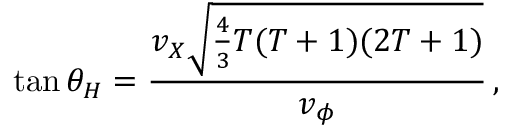
\tan \theta _ { H } = \frac { v _ { X } \sqrt { \frac { 4 } { 3 } T ( T + 1 ) ( 2 T + 1 ) } } { v _ { \phi } } \, ,